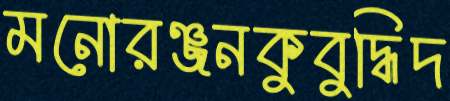
মনোরঞ্জনকুবুদ্ধিদ